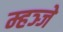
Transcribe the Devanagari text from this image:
म्हञ्जे